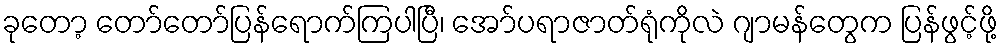
ခုတော့ တော်တော်ပြန်ရောက်ကြပါပြီ၊ အော်ပရာဇာတ်ရုံကိုလဲ ဂျာမန်တွေက ပြန်ဖွင့်ဖို့